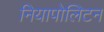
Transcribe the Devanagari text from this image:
नियापोलिटन